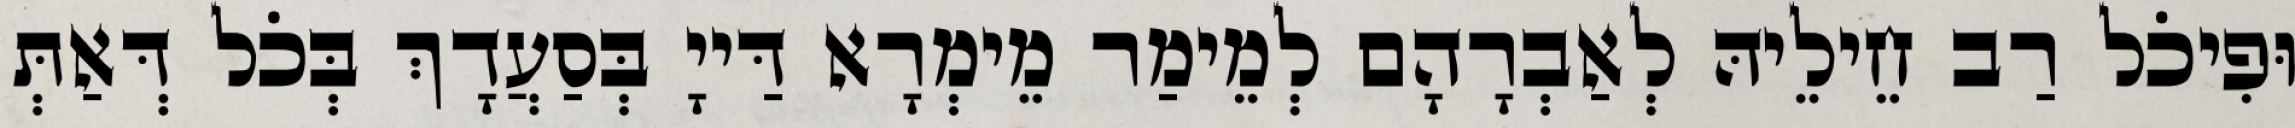
וּפִיכֹל רַב חֵילֵיהּ לְאַבְרָהָם לְמֵימַר מֵימְרָא דַּייָ בְּסַעֲדָךְ בְּכֹל דְּאַתְּ